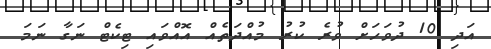
އަދި 10 ދުވަހަށް ވުރެ ކުރު މުއްދަތެއް އޮއްވައި ޓިކެޓް ނަގާ ނަމަ